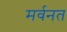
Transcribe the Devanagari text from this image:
मर्वनत